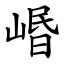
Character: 㟭